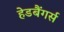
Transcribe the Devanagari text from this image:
हेडबैंगर्स